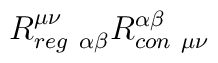
R^{\mu\nu}_{reg \ \alpha\beta}R_{con \ \mu\nu}^{\alpha\beta}